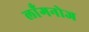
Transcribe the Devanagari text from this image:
लाँगनोज